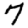
Digit: 7